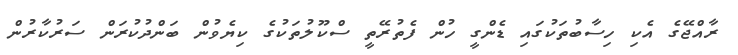
ރާއްޖޭގެ އެކި ހިސާބުތަކުގައި ޑެންގީ ހުން ފެތުރޭތީ ސްކޫލުތަކުގެ ކިޔެވުން ބަންދުކުރަން ސަރުކާރުން